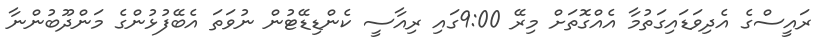
ރައީސްގެ އެދިވަޑައިގަތުމާ އެއްގޮތަށް މިރޭ 9:00ގައި ރިއާސީ ކެންޑިޑޭޓުން ނުވަތަ އެބޭފުޅުންގެ މަންދޫބުންނާ